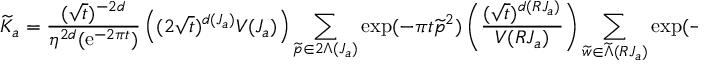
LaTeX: { \widetilde { \cal K } } _ { a } = { \frac { ( \sqrt { t } ) ^ { - 2 d } } { \eta ^ { 2 d } ( { \mathrm { e } } ^ { - 2 \pi t } ) } } \left( ( 2 \sqrt { t } ) ^ { d ( J _ { a } ) } V ( J _ { a } ) \right) \sum _ { { \widetilde p } \in 2 \Lambda ( J _ { a } ) } \exp ( - \pi t { \widetilde p } ^ { 2 } ) \left( { \frac { ( \sqrt { t } ) ^ { d ( R J _ { a } ) } } { V ( R J _ { a } ) } } \right) \sum _ { { \widetilde w } \in { \widetilde \Lambda } ( R J _ { a } ) } \exp ( - \pi t { \widetilde w } ^ { 2 } ) ~ .